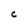
Character: c